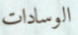
الوسادات